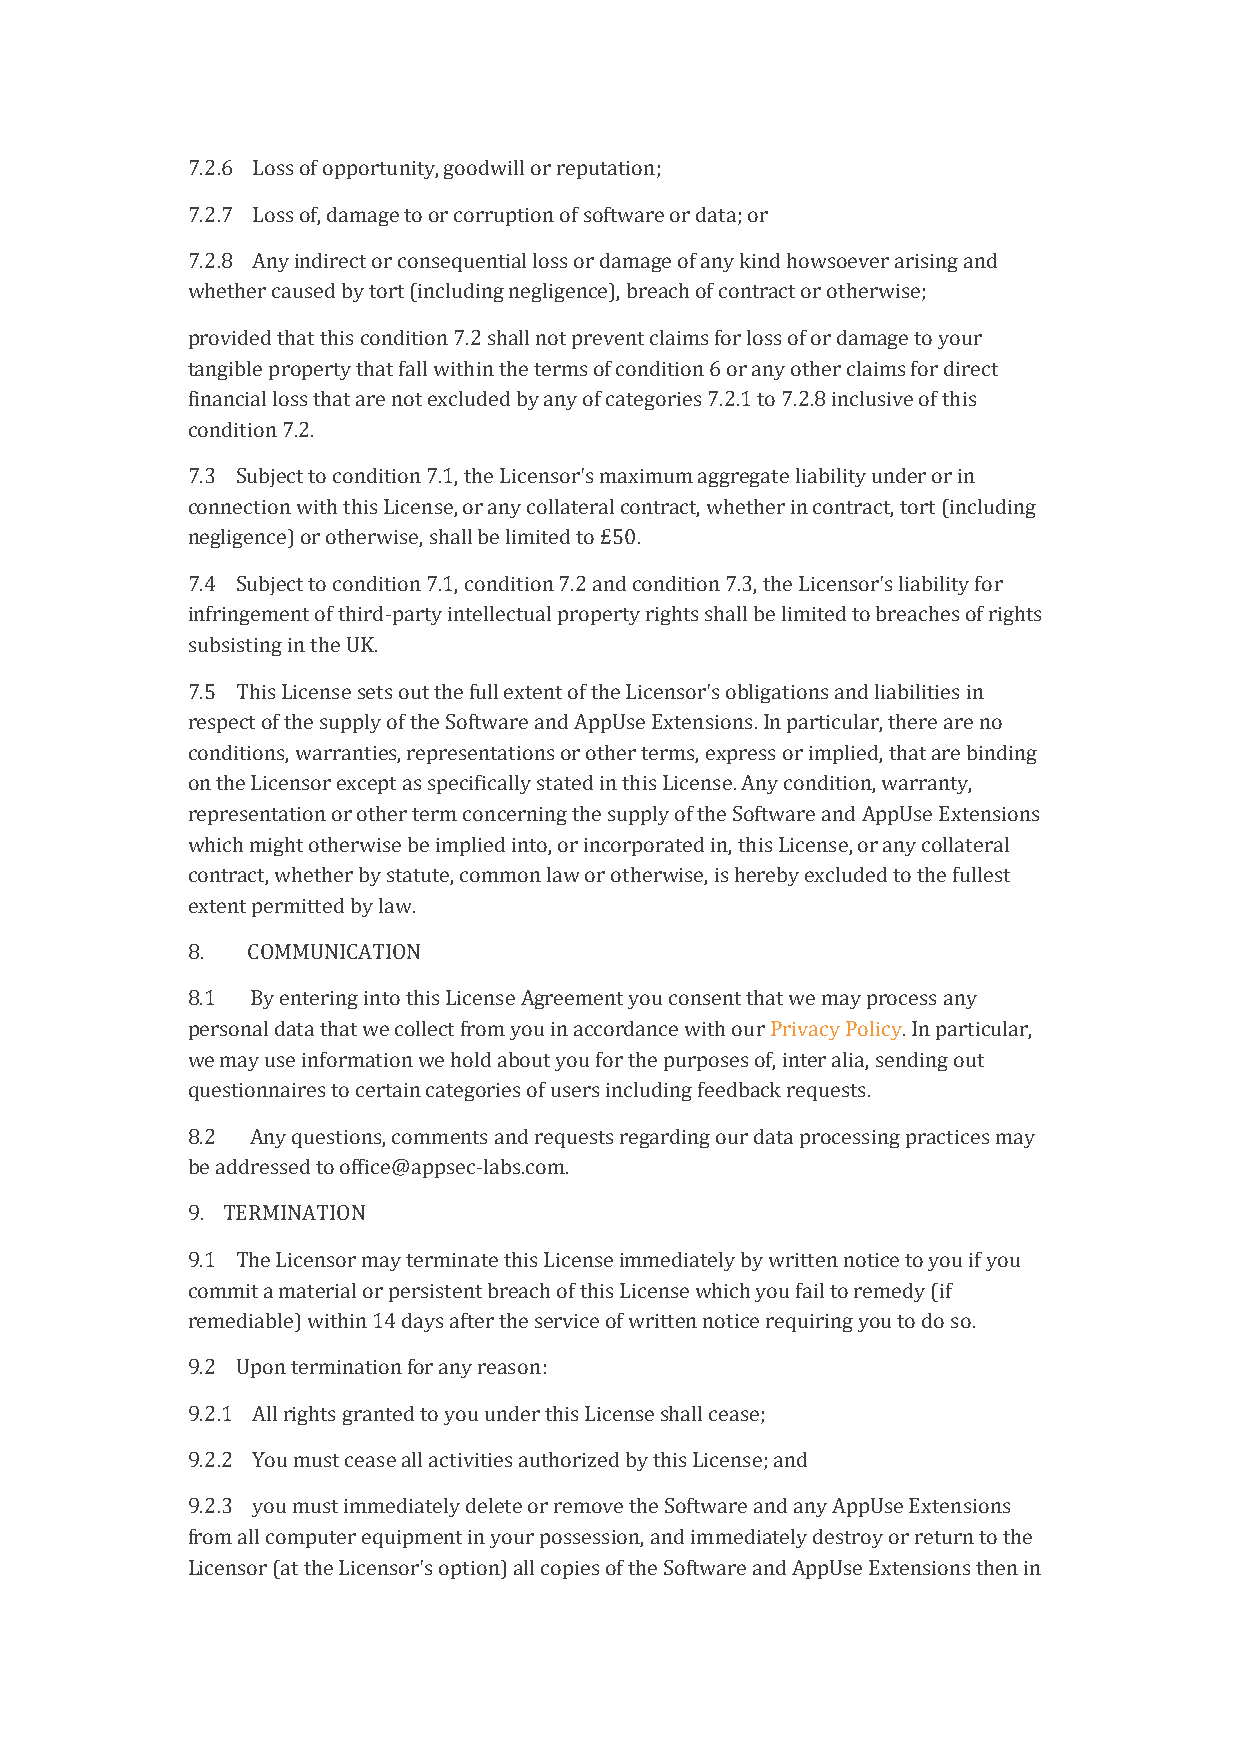
7.2.6 Loss of opportunity, goodwill or reputation;
 7.2.7 Loss of, damage to or corruption of software or data; or
 7.2.8 Any indirect or consequential loss or damage of any kind howsoever arising and
 whether caused by tort (including negligence), breach of contract or otherwise;
 provided that this condition 7.2 shall not prevent claims for loss of or damage to your
 tangible property that fall within the terms of condition 6 or any other claims for direct
 financial loss that are not excluded by any of categories 7.2.1 to 7.2.8 inclusive of this
 condition 7.2.
 7.3 Subject to condition 7.1, the Licensor's maximum aggregate liability under or in
 connection with this License, or any collateral contract, whether in contract, tort (including
 negligence) or otherwise, shall be limited to £50.
 7.4 Subject to condition 7.1, condition 7.2 and condition 7.3, the Licensor's liability for
 infringement of third-party intellectual property rights shall be limited to breaches of rights
 subsisting in the UK.
 7.5 This License sets out the full extent of the Licensor's obligations and liabilities in
 respect of the supply of the Software and AppUse Extensions. In particular, there are no
 conditions, warranties, representations or other terms, express or implied, that are binding
 on the Licensor except as specifically stated in this License. Any condition, warranty,
 representation or other term concerning the supply of the Software and AppUse Extensions
 which might otherwise be implied into, or incorporated in, this License, or any collateral
 contract, whether by statute, common law or otherwise, is hereby excluded to the fullest
 extent permitted by law.
 8.  COMMUNICATION
 8.1  By entering into this License Agreement you consent that we may process any
 personal data that we collect from you in accordance with our Privacy Policy. In particular,
 we may use information we hold about you for the purposes of, inter alia, sending out
 questionnaires to certain categories of users including feedback requests.
 8.2  Any questions, comments and requests regarding our data processing practices may
 be addressed to office@appsec-labs.com.
 9. TERMINATION
 9.1 The Licensor may terminate this License immediately by written notice to you if you
 commit a material or persistent breach of this License which you fail to remedy (if
 remediable) within 14 days after the service of written notice requiring you to do so.
 9.2 Upon termination for any reason:
 9.2.1 All rights granted to you under this License shall cease;
 9.2.2 You must cease all activities authorized by this License; and
 9.2.3 you must immediately delete or remove the Software and any AppUse Extensions
 from all computer equipment in your possession, and immediately destroy or return to the
 Licensor (at the Licensor's option) all copies of the Software and AppUse Extensions then in